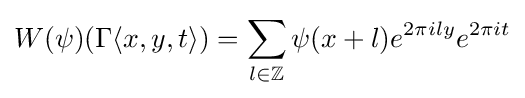
W(\psi )(\Gamma \langle x,y,t\rangle )=\sum _{l\in \mathbb {Z} }\psi (x+l)e^{2\pi ily}e^{2\pi it}